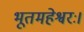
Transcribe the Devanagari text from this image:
भूतमहेश्वरः।